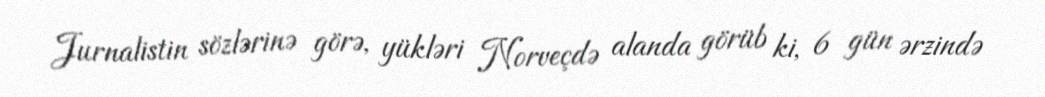
Jurnalistin sözlərinə görə, yükləri Norveçdə alanda görüb ki, 6 gün ərzində